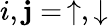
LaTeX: i,\mathbf{j}=\, \uparrow,\downarrow